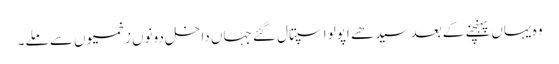
وہ یہاں پہنچنے کے بعد سیدھے اپولو اسپتال گئے جہاں داخل دونوں زخمیوں سے ملے۔